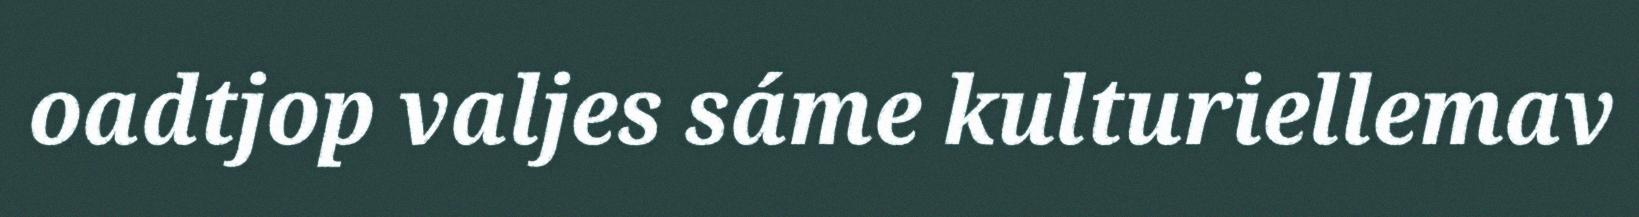
oadtjop valjes sáme kulturiellemav